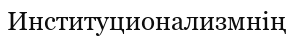
Институционализмнің